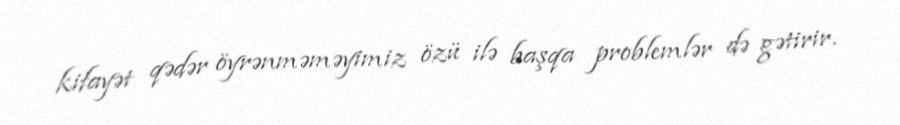
kifayət qədər öyrənməməyimiz özü ilə başqa problemlər də gətirir.